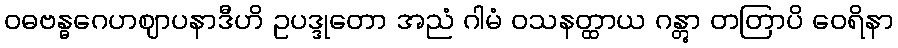
ဝဓဗန္ဓဂေဟဈာပနာဒီဟိ ဥပဒ္ဒုတော အညံ ဂါမံ ဝသနတ္ထာယ ဂန္တွာ တတြာပိ ဝေရိနာ